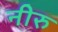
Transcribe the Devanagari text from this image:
नीरु